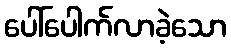
ပေါ်ပေါက်လာခဲ့သော